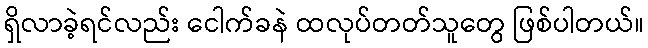
ရှိလာခဲ့ရင်လည်း ငေါက်ခနဲ ထလုပ်တတ်သူတွေ ဖြစ်ပါတယ်။